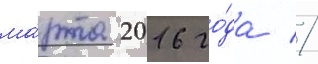
ма́рта 2016 го́да //